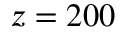
z = 2 0 0